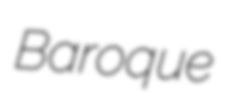
Baroque